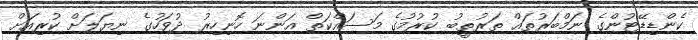
ކެންޑިޑޭޓުންގެ ނަމްބަރުތައް ތަރުތީބު ކުރުމުގެ މަސައްކަތް އަންނަ ހޮނިހިރު ދުވަހުގެ ނިޔަލަށް ކުރިއަށް